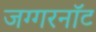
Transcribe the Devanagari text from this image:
जग्गरनॉट